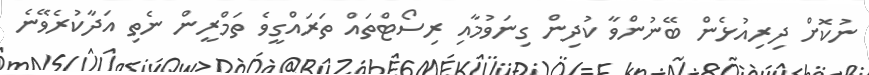
ނުކޮށް ދިރިއުޅެން ބޭނުންވާ ކުދިން ގިނަވުމާއި ރިސޯޓްތައް ތަރައްގީވެ ތަމްރީން ނެތި އަދާކުރެވޭނެ